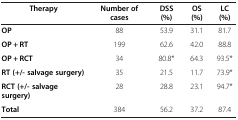
<table><thead><tr><td><b>Therapy</b></td><td><b>Number of cases</b></td><td><b>DSS (%)</b></td><td><b>OS (%)</b></td><td><b>LC (%)</b></td></tr></thead><tbody><tr><td><b>OP</b></td><td>88</td><td>53.9</td><td>31.1</td><td>81.7</td></tr><tr><td><b>OP + RT</b></td><td>199</td><td>62.6</td><td>42.0</td><td>88.8</td></tr><tr><td><b>OP + RCT</b></td><td>34</td><td>80.8*</td><td>64.3</td><td>93.5*</td></tr><tr><td><b>RT (+/- salvage surgery)</b></td><td>35</td><td>21.5</td><td>11.7</td><td>73.9*</td></tr><tr><td><b>RCT (+/- salvage surgery)</b></td><td>28</td><td>28.8</td><td>23.1</td><td>94.7*</td></tr><tr><td><b>Total</b></td><td>384</td><td>56.2</td><td>37.2</td><td>87.4</td></tr></tbody></table>